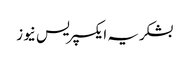
بشکریہ ایکسپریس نیوز